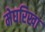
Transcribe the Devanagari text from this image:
मेघरिखा